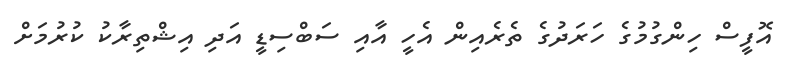
އޮފީސް ހިންގުމުގެ ހަރަދުގެ ތެރެއިން އެހީ އާއި ސަބްސިޑީ އަދި އިޝްތިރާކު ކުރުމަށް